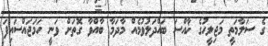
ގެ ސަލާމަތީ މަޖިލީހުގެ ޚާއްސަ ބައްދަލުވުމެއް މާދަމާ ބާއްވާ ގޮތަށް ވަނީ ހަމަޖައްސައިފަ